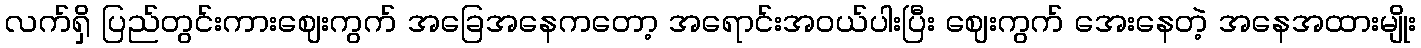
လက်ရှိ ပြည်တွင်းကားဈေးကွက် အခြေအနေကတော့ အရောင်းအဝယ်ပါးပြီး ဈေးကွက် အေးနေတဲ့ အနေအထားမျိုး